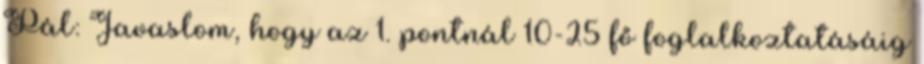
Pál: Javaslom, hogy az 1. pontnál 10-25 fő foglalkoztatásáig